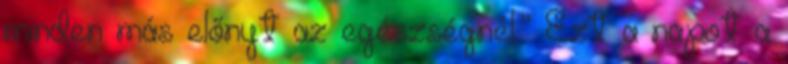
minden más előnyt az egészségnél.” Ezt a napot a